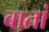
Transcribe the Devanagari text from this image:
बातां